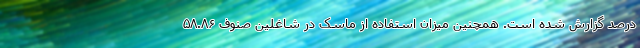
درصد گزارش شده است. همچنین میزان استفاده از ماسک در شاغلین صنوف ۵۸.۸۶